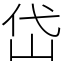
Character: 岱